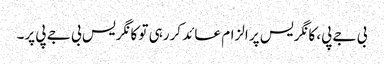
بی جے پی، کانگریس پر الزام عائد کررہی تو کانگریس بی جے پی پر۔